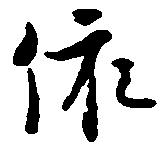
依